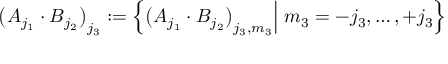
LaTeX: \big ( A _ { j _ { 1 } } \cdot B _ { j _ { 2 } } \big ) _ { j _ { 3 } } : = \left\{ \big ( A _ { j _ { 1 } } \cdot B _ { j _ { 2 } } \big ) _ { j _ { 3 } , m _ { 3 } } \Big | \; m _ { 3 } = - j _ { 3 } , \dots , + j _ { 3 } \right\}